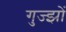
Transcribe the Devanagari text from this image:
गुज्झों